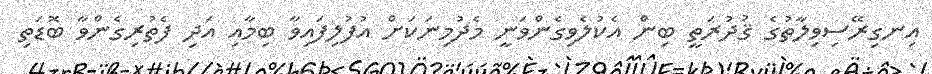
އިނގިރޭސިވިލާތުގެ ޤުދުރަތީ ބިން އެކުލެވިގެންވަނީ މެދުމިނަކަށް އުފުލިފައިވާ ބިމާއި އަދި ފެތުރިގެންވާ ބޮޑަތި